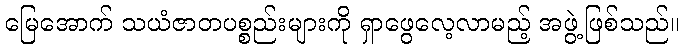
မြေအောက် သယံဇာတပစ္စည်းများကို ရှာဖွေလေ့လာမည့် အဖွဲ့ဖြစ်သည်။